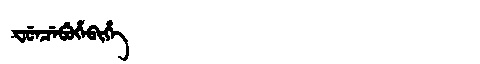
Manchu: ᠸᡠᠨᠴᡝᠪᡠᡥᡝᠪᡳᡥᡝ
Romanization: FUNCEBUHEBIHE